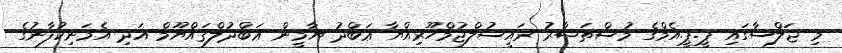
މި ޖަލްސާގައި ޕީ.ޕީ.އެމްގެ މުސްތަޝާރު ރައީސުލްޖުމްހޫރިއްޔާ ޢަބްދު ޔާމީން ޢަބްދުލްޤައްޔޫމް އަދި އެމަނިކުފާނުގެ